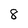
Character: 8